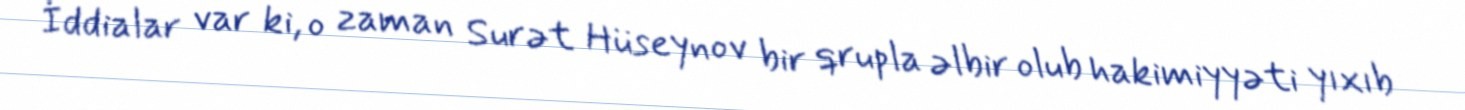
İddialar var ki, o zaman Surət Hüseynov bir qrupla əlbir olub hakimiyyəti yıxıb